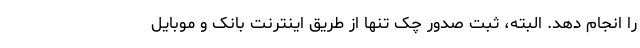
را انجام دهد. البته، ثبت صدور چک تنها از طریق اینترنت بانک و موبایل